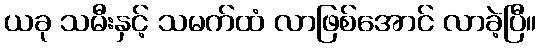
ယခု သမီးနှင့် သမက်ထံ လာဖြစ်အောင် လာခဲ့ပြီ။